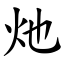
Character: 灺